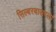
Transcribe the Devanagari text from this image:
सिल्बरबाउरला